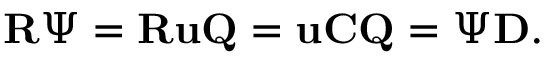
\mathbf { R } \Psi = \mathbf { R } \mathbf { u } \mathbf { Q } = \mathbf { u } \mathbf { C } \mathbf { Q } = \Psi \mathbf { D } .